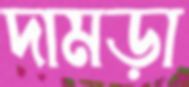
দামড়া